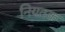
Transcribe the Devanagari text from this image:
नियतक